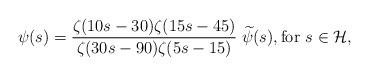
LaTeX: \begin{align*} \psi(s) = \frac{\zeta(10s-30) \zeta(15s-45)}{\zeta(30s-90) \zeta(5s-15)} \; \widetilde{\psi}(s), \text{for $s \in \mathcal{H}$,}\end{align*}